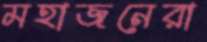
মহাজনেরা